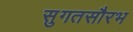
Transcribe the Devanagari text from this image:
सुगतसौरभ